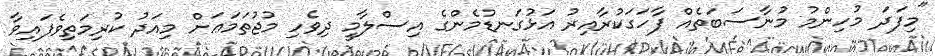
"މިފަދަ މުހިންމު މުނާސަބަތެއް ފާހަގަކުރާއިރު އަޅުގަނޑުމެންގެ އިސްލާމީ ދިވެހި މުޖުތަމަޢަށް މިއަދު ކުރިމަތިވެފައިވާ